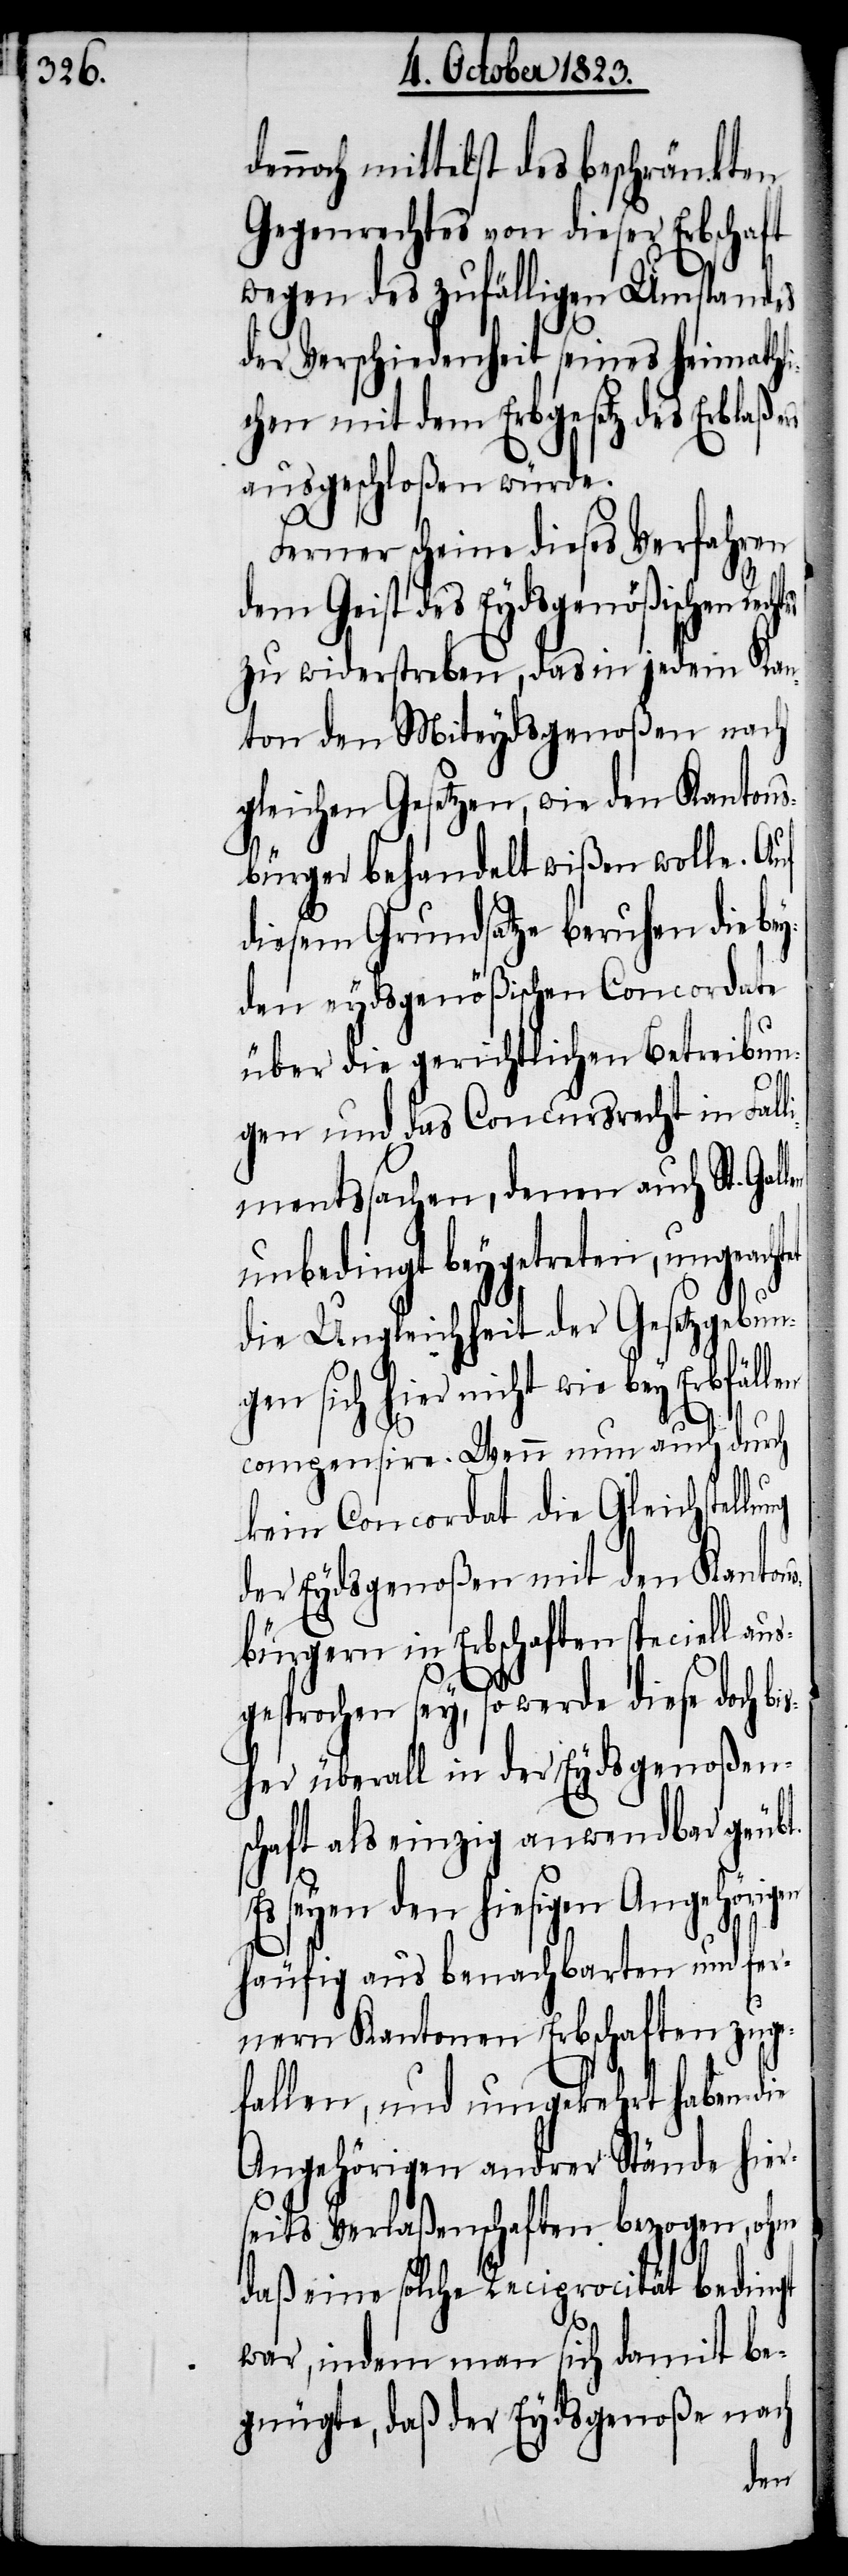
noch mittelst des beschränkten
Gegenrechtes von dieser Erbschaft
wegen des zufälligen Umstandes
der Verschiedenheit seines heimathli¬
chen mit dem Erbgesetz des Erblaß¬
ausgeschloßen würde.
Ferner scheine dieses Verfahren
Geist des Eydsgenößischen
zu widerstreben das in jedem Kan¬
ton den Miteydsgenoßen nach
gleichen Gesetzen, wie den Kantons¬
bürger behandelt wißen wolle. Auf
diesem Grundsatze beruhen die be¬
yden eydsgenößischen Concordate
über die gerichtlichen Betreibun¬
gen und das Concursrecht in Fall¬
imentssachen, denen auch St. Gal¬
unbedingt beygetreten, ungeach¬
die Ungleichheit der Gesetzgebun¬
gen sich hier nicht wie
compensire. Wenn nun auch durch
kein Concordat die Gleichstellu¬
der Eydsgenoßen mit den Kantons¬
bürgern in Erbschaften speciell au¬
sgesprochen sey, so werde diese doch b¬
isher überall in der Eydsgenoßen¬
schaft als einzig anwendbar geübt.
Es seyen den hiesigen Angehörig¬
häufig aus benachbarten und fer¬
nern Kantonen Erbschaften zuge¬
fallen, und umgekehrt haben die
Angehörigen andrer Stände hier¬
seits Verlaßenschaften bezogen, ohne
daß eine solche Reciprocität bedingt
war, indem man sich damit be¬
gnügte, daß der Eydsgenoße nach
en